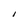
Character: 1